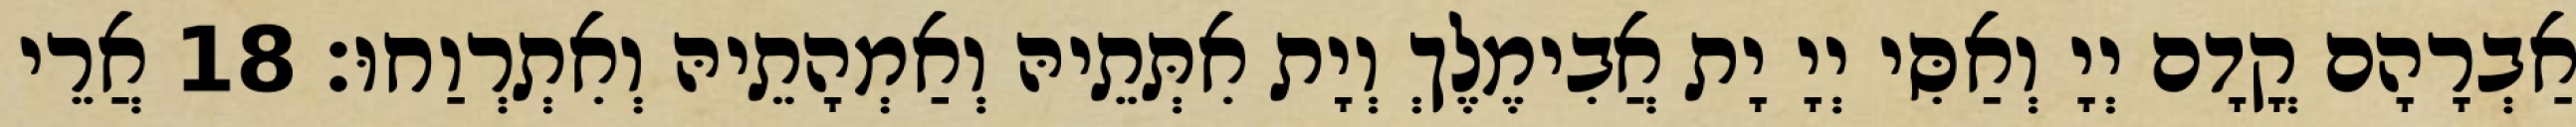
אַבְרָהָם קֳדָם יְיָ וְאַסִּי יְיָ יָת אֲבִימֶלֶךְ וְיָת אִתְּתֵיהּ וְאַמְהָתֵיהּ וְאִתְרְוַחוּ׃ 18 אֲרֵי